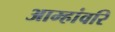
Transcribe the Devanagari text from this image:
आम्हांवरि